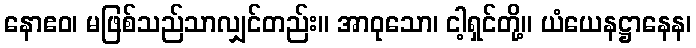
နောဧဝ၊ မဖြစ်သည်သာလျှင်တည်း။ အာဝုသော၊ ငါ့ရှင်တို့။ ယံယေနဋ္ဌာနေန၊